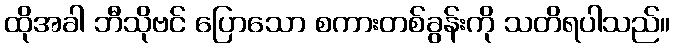
ထိုအခါ ဘီသိုဗင် ပြောသော စကားတစ်ခွန်းကို သတိရပါသည်။